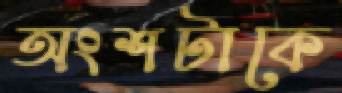
অংশটাকে